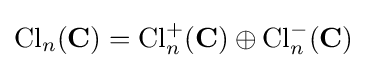
\mathrm {Cl} _{n}(\mathbf {C} )=\mathrm {Cl} _{n}^{+}(\mathbf {C} )\oplus \mathrm {Cl} _{n}^{-}(\mathbf {C} )